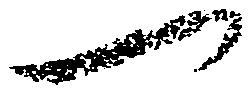
一